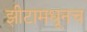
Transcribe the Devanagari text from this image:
झीटामधूनच